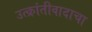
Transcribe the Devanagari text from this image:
उत्क्रांतीवादाचा